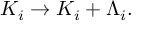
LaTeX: K _ { i } \rightarrow K _ { i } + \Lambda _ { i } .